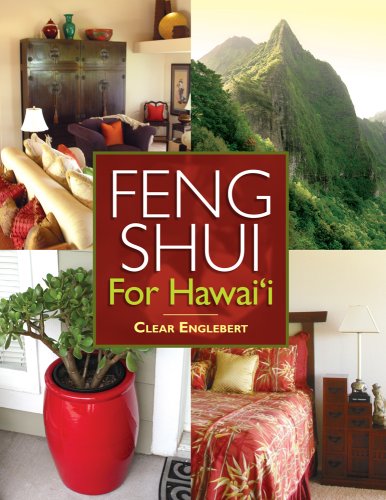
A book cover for Feng Shui for Hawaii; Clear Englebert; Religion & Spirituality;